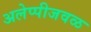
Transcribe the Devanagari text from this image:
अलेप्पीजवळ